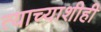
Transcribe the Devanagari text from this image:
त्याच्याशीही